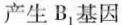
产生B_{1}基因